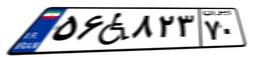
۹۷W۲۴۰۰۸